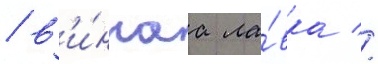
/ в'и́ннаа ла́вка //